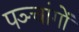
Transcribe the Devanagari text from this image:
पञ्चांगाें